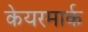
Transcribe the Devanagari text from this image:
केयरमार्क